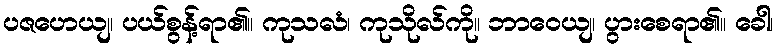
ပဇဟေယျ၊ ပယ်စွန့်ရာ၏။ ကုသလံ၊ ကုသိုလ်ကို။ ဘာဝေယျ၊ ပွားစေရာ၏။ ခေါ၊